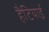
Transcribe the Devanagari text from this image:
हैटियाई